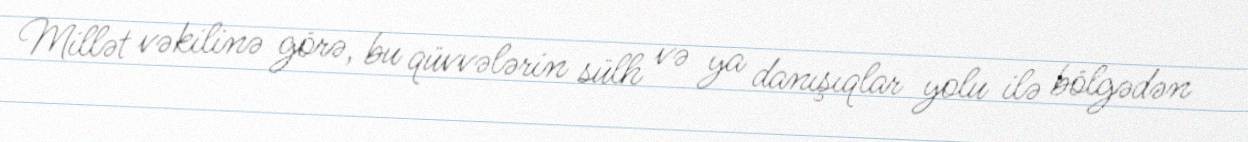
Millət vəkilinə görə, bu qüvvələrin sülh və ya danışıqlar yolu ilə bölgədən